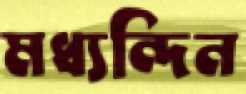
মধ্যন্দিন